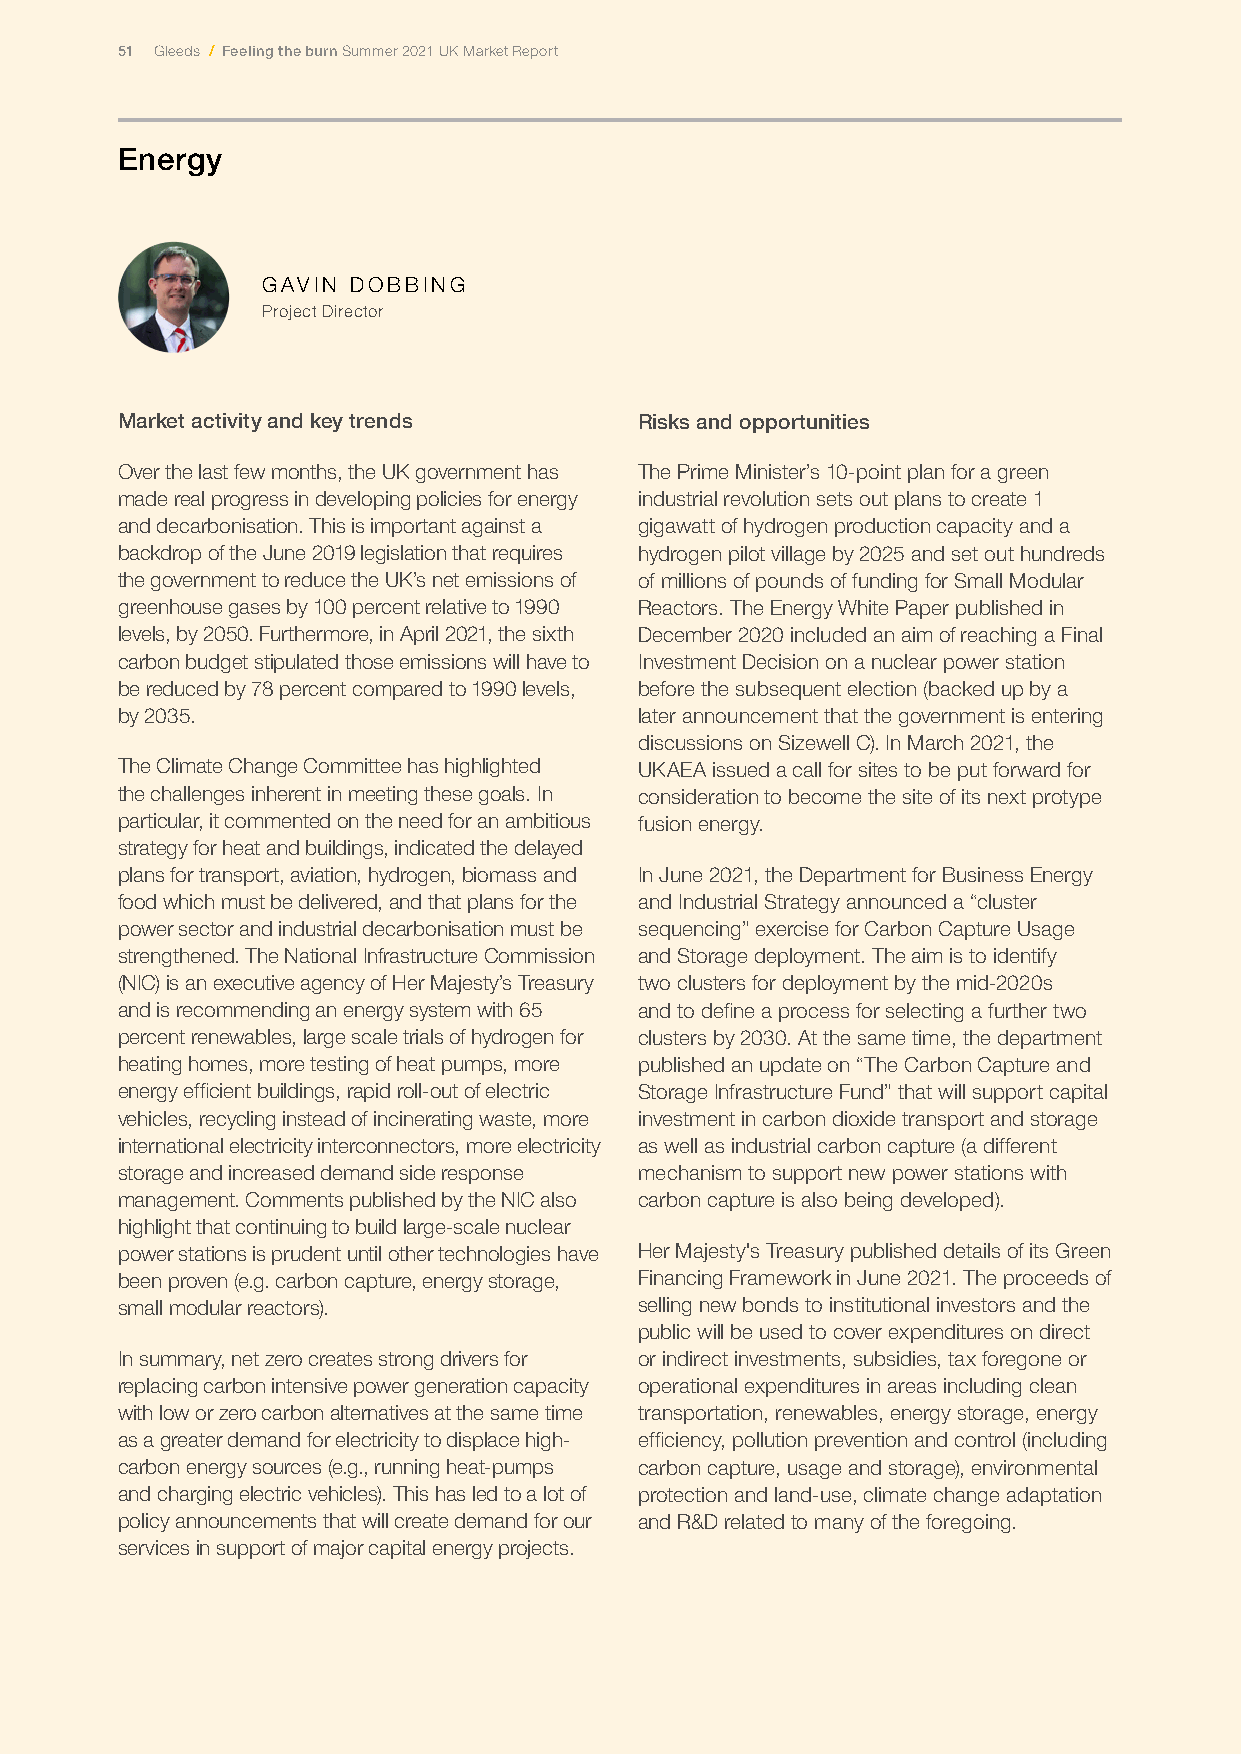
51 Gleeds / Feeling the burn Summer 2021 UK Market Report
 Energy
 GAVIN DOBBING
 Project Director
 Market activity and key trends    Risks and opportunities
 Over the last few months, the UK government has The Prime Minister’s 10-point plan for a green
 made real progress in developing policies for energy industrial revolution sets out plans to create 1
 and decarbonisation. This is important against a gigawatt of hydrogen production capacity and a
 backdrop of the June 2019 legislation that requires hydrogen pilot village by 2025 and set out hundreds
 the government to reduce the UK’s net emissions of of millions of pounds of funding for Small Modular
 greenhouse gases by 100 percent relative to 1990 Reactors. The Energy White Paper published in
 levels, by 2050. Furthermore, in April 2021, the sixth December 2020 included an aim of reaching a Final
 carbon budget stipulated those emissions will have to Investment Decision on a nuclear power station
 be reduced by 78 percent compared to 1990 levels, before the subsequent election (backed up by a
 by 2035.                          later announcement that the government is entering
 discussions on Sizewell C). In March 2021, the
 The Climate Change Committee has highlighted UKAEA issued a call for sites to be put forward for
 the challenges inherent in meeting these goals. In consideration to become the site of its next protype
 particular, it commented on the need for an ambitious fusion energy.
 strategy for heat and buildings, indicated the delayed
 plans for transport, aviation, hydrogen, biomass and In June 2021, the Department for Business Energy
 food which must be delivered, and that plans for the and Industrial Strategy announced a “cluster
 power sector and industrial decarbonisation must be sequencing” exercise for Carbon Capture Usage
 strengthened. The National Infrastructure Commission and Storage deployment. The aim is to identify
 (NIC) is an executive agency of Her Majesty’s Treasury two clusters for deployment by the mid-2020s
 and is recommending an energy system with 65 and to define a process for selecting a further two
 percent renewables, large scale trials of hydrogen for clusters by 2030. At the same time, the department
 heating homes, more testing of heat pumps, more published an update on “The Carbon Capture and
 energy efficient buildings, rapid roll-out of electric Storage Infrastructure Fund” that will support capital
 vehicles, recycling instead of incinerating waste, more investment in carbon dioxide transport and storage
 international electricity interconnectors, more electricity as well as industrial carbon capture (a different
 storage and increased demand side response mechanism to support new power stations with
 management. Comments published by the NIC also carbon capture is also being developed).
 highlight that continuing to build large-scale nuclear
 power stations is prudent until other technologies have Her Majesty's Treasury published details of its Green
 been proven (e.g. carbon capture, energy storage, Financing Framework in June 2021. The proceeds of
 small modular reactors).          selling new bonds to institutional investors and the
 public will be used to cover expenditures on direct
 In summary, net zero creates strong drivers for or indirect investments, subsidies, tax foregone or
 replacing carbon intensive power generation capacity operational expenditures in areas including clean
 with low or zero carbon alternatives at the same time transportation, renewables, energy storage, energy
 as a greater demand for electricity to displace high- efficiency, pollution prevention and control (including
 carbon energy sources (e.g., running heat-pumps carbon capture, usage and storage), environmental
 and charging electric vehicles). This has led to a lot of protection and land-use, climate change adaptation
 policy announcements that will create demand for our and R&D related to many of the foregoing.
 services in support of major capital energy projects.